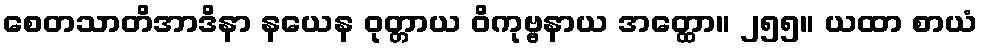
စေတသာတိအာဒိနာ နယေန ဝုတ္တာယ ဝိကုဗ္ဗနာယ အတ္ထော။ ၂၅၅။ ယထာ စာယံ